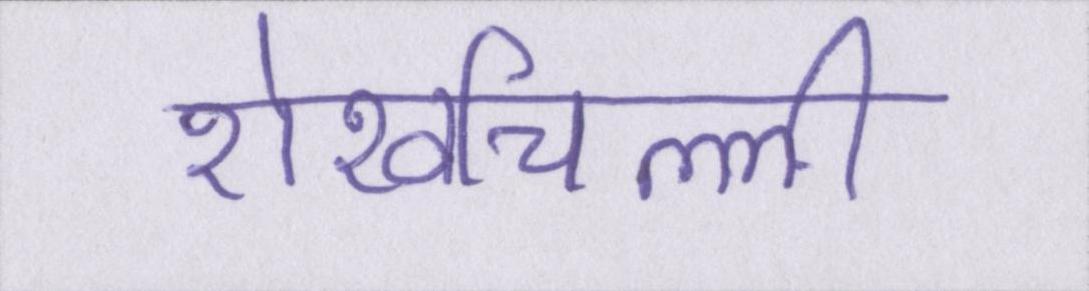
शेखचिल्ली